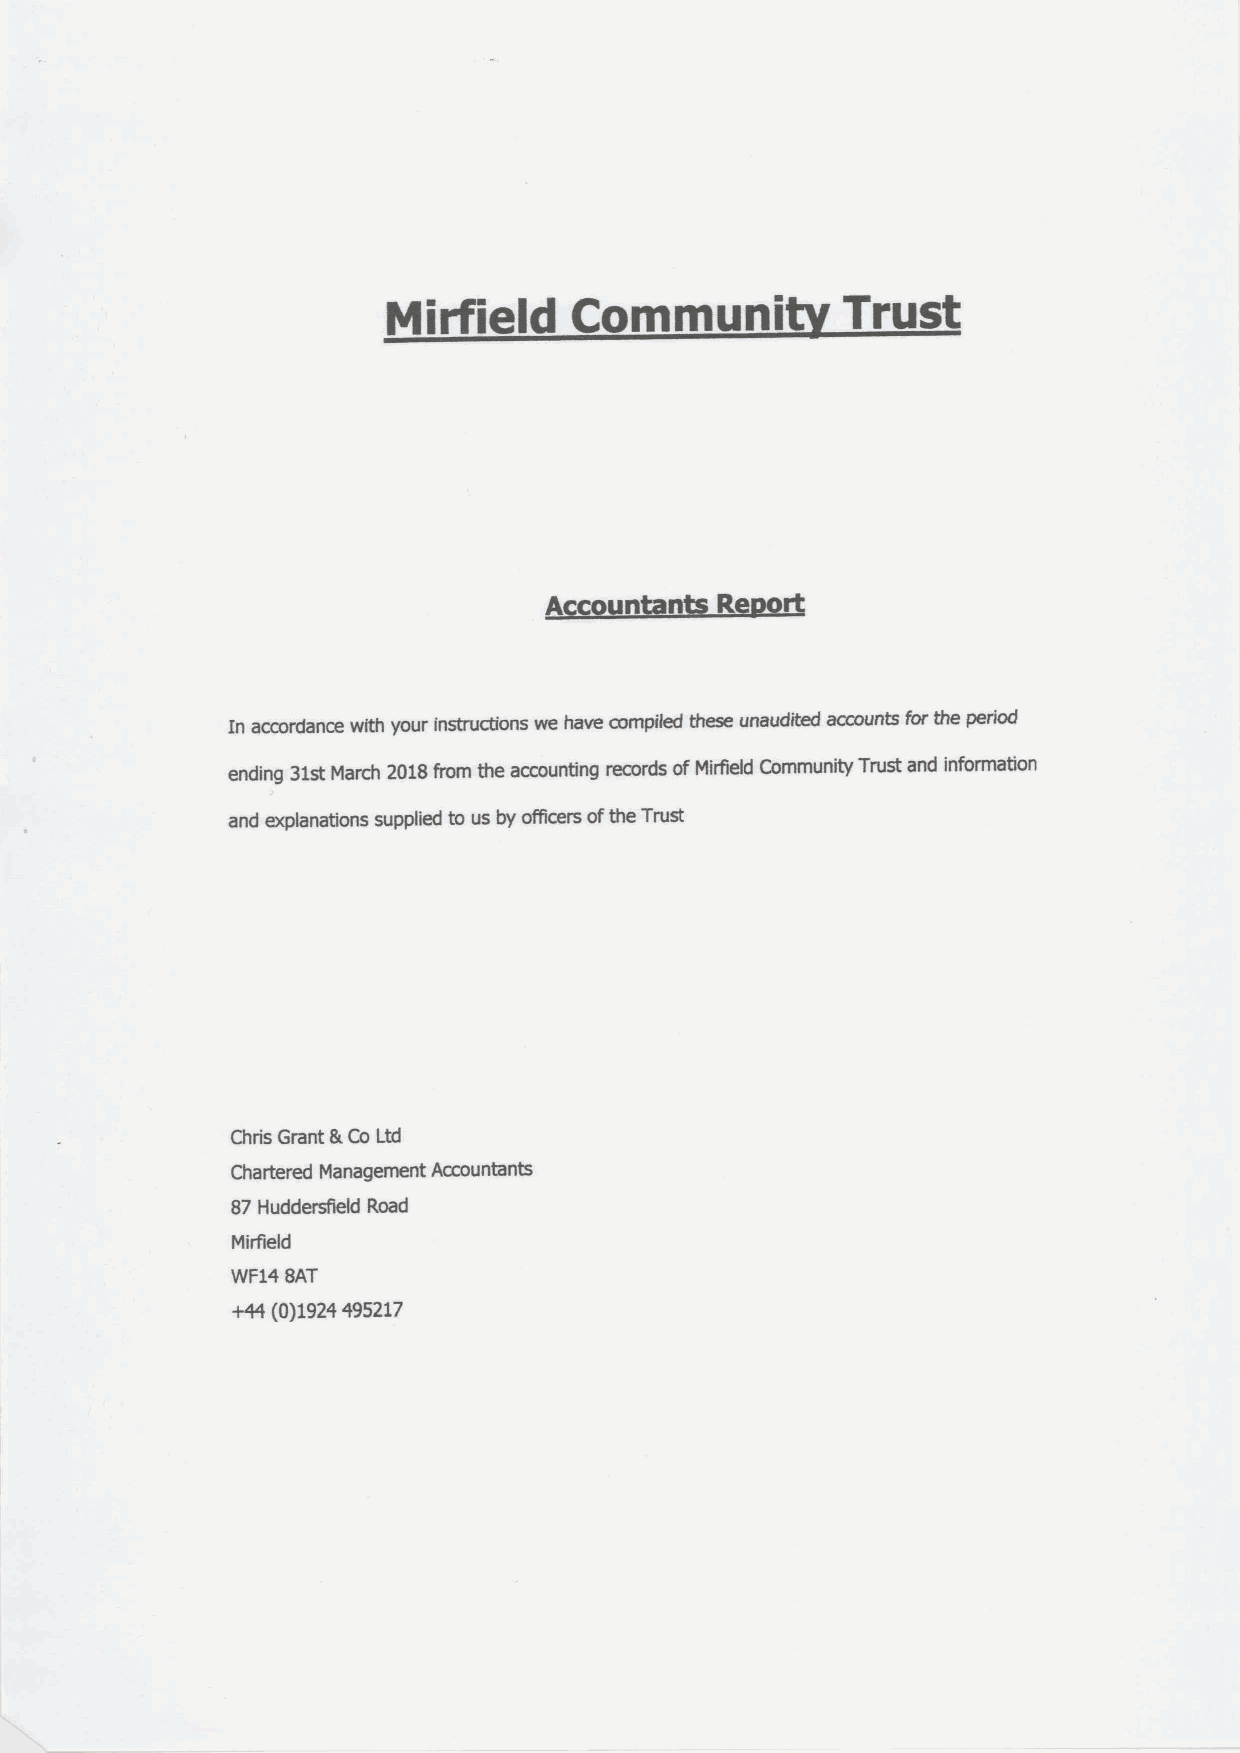
Mirfield    Communi           Trust
 In accordance with your instructions we have compiled these unaudited aoaounts for the penod
 ending 31stMarch 2018from the accounting records ofMirfiekl Community Trust and information
 and explanations supplied to us by af5cers ofthe Trust
 Chris Grant h Co Ltd
 Chartered Management Accountants
 87Huddersfield Road
 Mirfield
 WF14 8AT
 +44 (0)1924495217